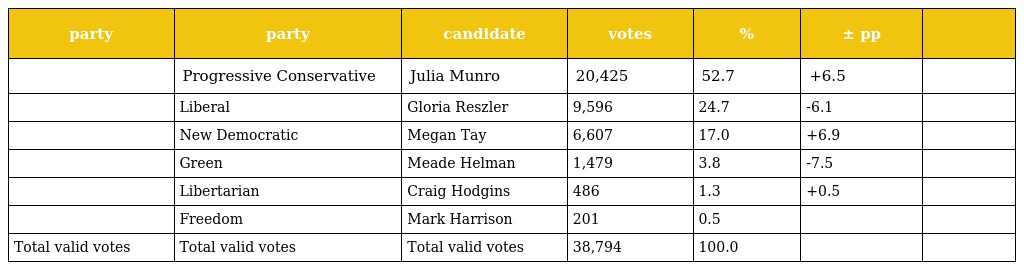
| party | party | candidate | votes | % | ± pp |  |
 | --- | --- | --- | --- | --- | --- | --- |
 |  | Progressive Conservative | Julia Munro | 20,425 | 52.7 | +6.5 |  |
 |  | Liberal | Gloria Reszler | 9,596 | 24.7 | -6.1 |  |
 |  | New Democratic | Megan Tay | 6,607 | 17.0 | +6.9 |  |
 |  | Green | Meade Helman | 1,479 | 3.8 | -7.5 |  |
 |  | Libertarian | Craig Hodgins | 486 | 1.3 | +0.5 |  |
 |  | Freedom | Mark Harrison | 201 | 0.5 |  |  |
 | Total valid votes | Total valid votes | Total valid votes | 38,794 | 100.0 |  |  |